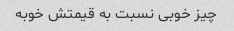
چیز خوبی نسبت به قیمتش خوبه